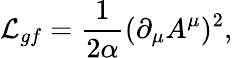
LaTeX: {\cal L}_{gf}={\frac{1}{2\alpha}}(\partial_{\mu}A^{\mu})^{2},